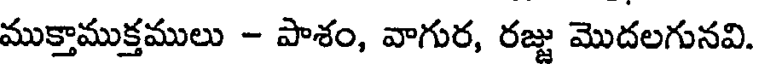
ముక్తాముక్తములు - పాశం, వాగుర, రజ్జు మొదలగునవి.